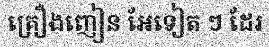
គ្រឿងញៀន អែទៀត ៗ ដែរ